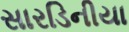
સારડિનીયા